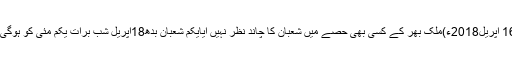
16 اپریل2018ء)ملک بھر کے کسی بھی حصے میں شعبان کا چاند نظر نہیں آیایکم شعبان بدھ18اپریل شب برات یکم مئی کو ہوگی ۔